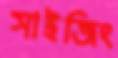
সাইজিং